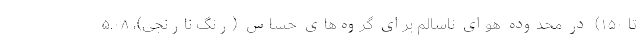
تا ۱۵۰) در محدوده هوای ناسالم برای گروه‌های حساس (رنگ نارنجی)، ۵.۰۸